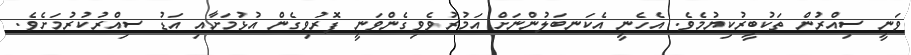
ވަނީ ސިއްރުން ތަކުބީރުކިޔުމެވެ. އެހެނީ އެކަނބަލުންނަށް އަމުރުވެވިގެންވަނީ ފޮރުވިގެން އުޅުމަށާއި އަޑު ސިއްރުކުރުމަށެވެ.